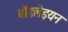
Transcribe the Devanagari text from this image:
बॉडलेइयन